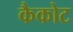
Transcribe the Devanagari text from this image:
कैकोट